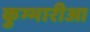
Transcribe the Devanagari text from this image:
कुम्भारीआ